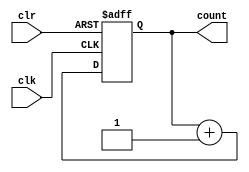
module counter(clk, clr, count);
  input clk, clr;     // Input signals include clock and asynchronous reset
  output [3:0] count; // Output signal is a 4-bit counter value
  reg [3:0] count;    // Register for storing the count

  always @(posedge clk, negedge clr) begin // On positive clock edge or negative reset edge
    if (!clr) begin                       // If reset signal is active low
      count <= 4'b0000;                   // Reset the count to zero
    end else begin                        // Otherwise
      count <= count + 1;                 // Increment the count by one
    end
  end                                   // End of Always block
endmodule                             // End of Module declaration